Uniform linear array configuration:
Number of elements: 16
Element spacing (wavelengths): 0.25
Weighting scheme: cosine
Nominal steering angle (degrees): -60
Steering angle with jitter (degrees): -59.391
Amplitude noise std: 0.05
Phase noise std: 0.05

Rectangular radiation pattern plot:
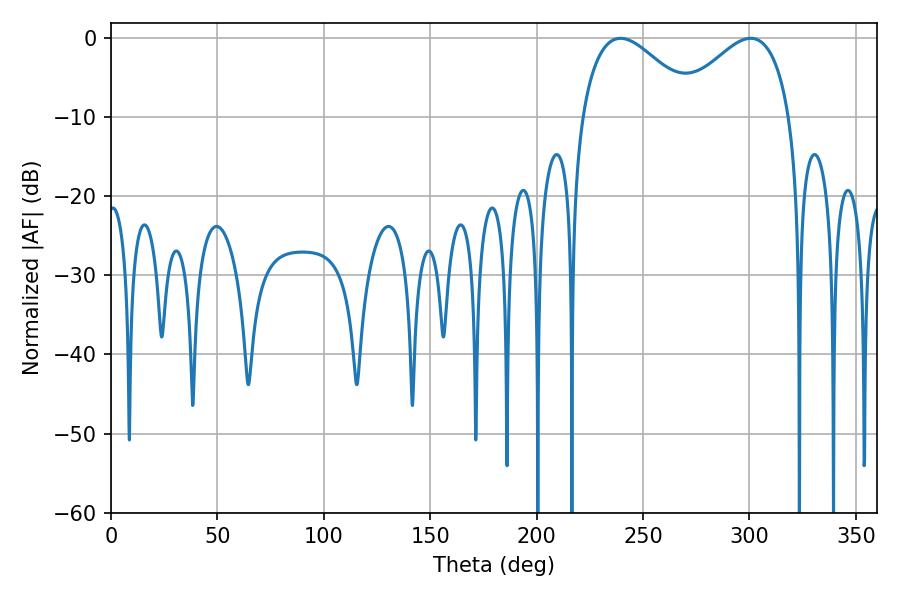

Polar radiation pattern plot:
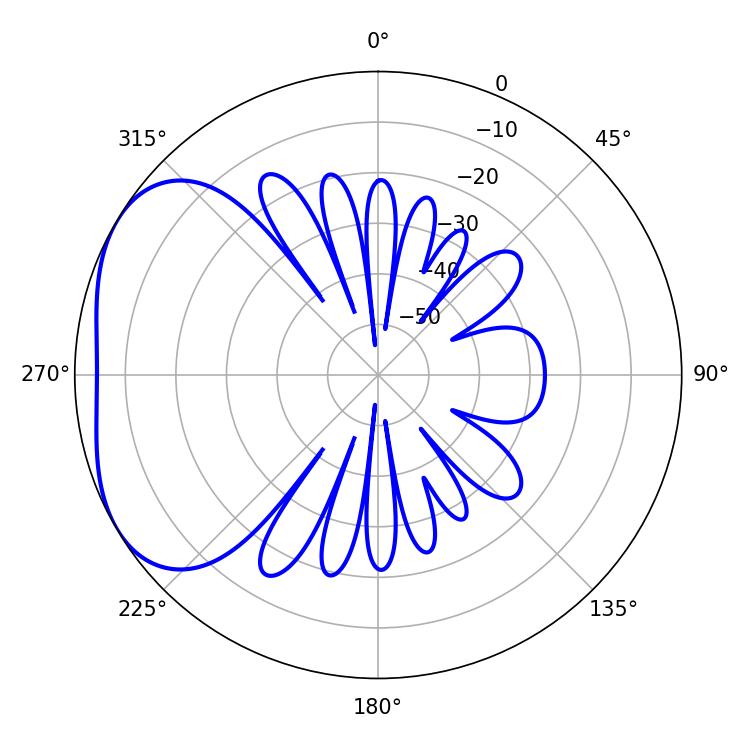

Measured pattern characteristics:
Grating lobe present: FALSE
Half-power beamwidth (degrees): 29.52
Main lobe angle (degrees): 239.4